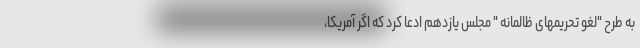
به طرح "لغو تحریمهای ظالمانه " مجلس یازدهم ادعا کرد که اگر آمریکا،